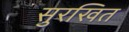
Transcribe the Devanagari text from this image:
सुरखित